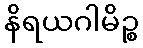
နိရယဂါမိဉ္စ